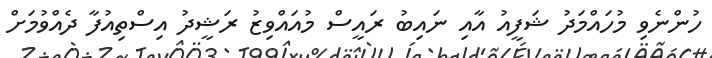
ހުންނެވި މުހައްމަދު ޝަފީއު އާއި ނައިބު ރައީސް މުއައްވިޒު ރަޝީދު އިސްތިއުފާ ދެއްވުމަށް